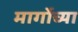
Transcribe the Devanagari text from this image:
मार्गोच्या